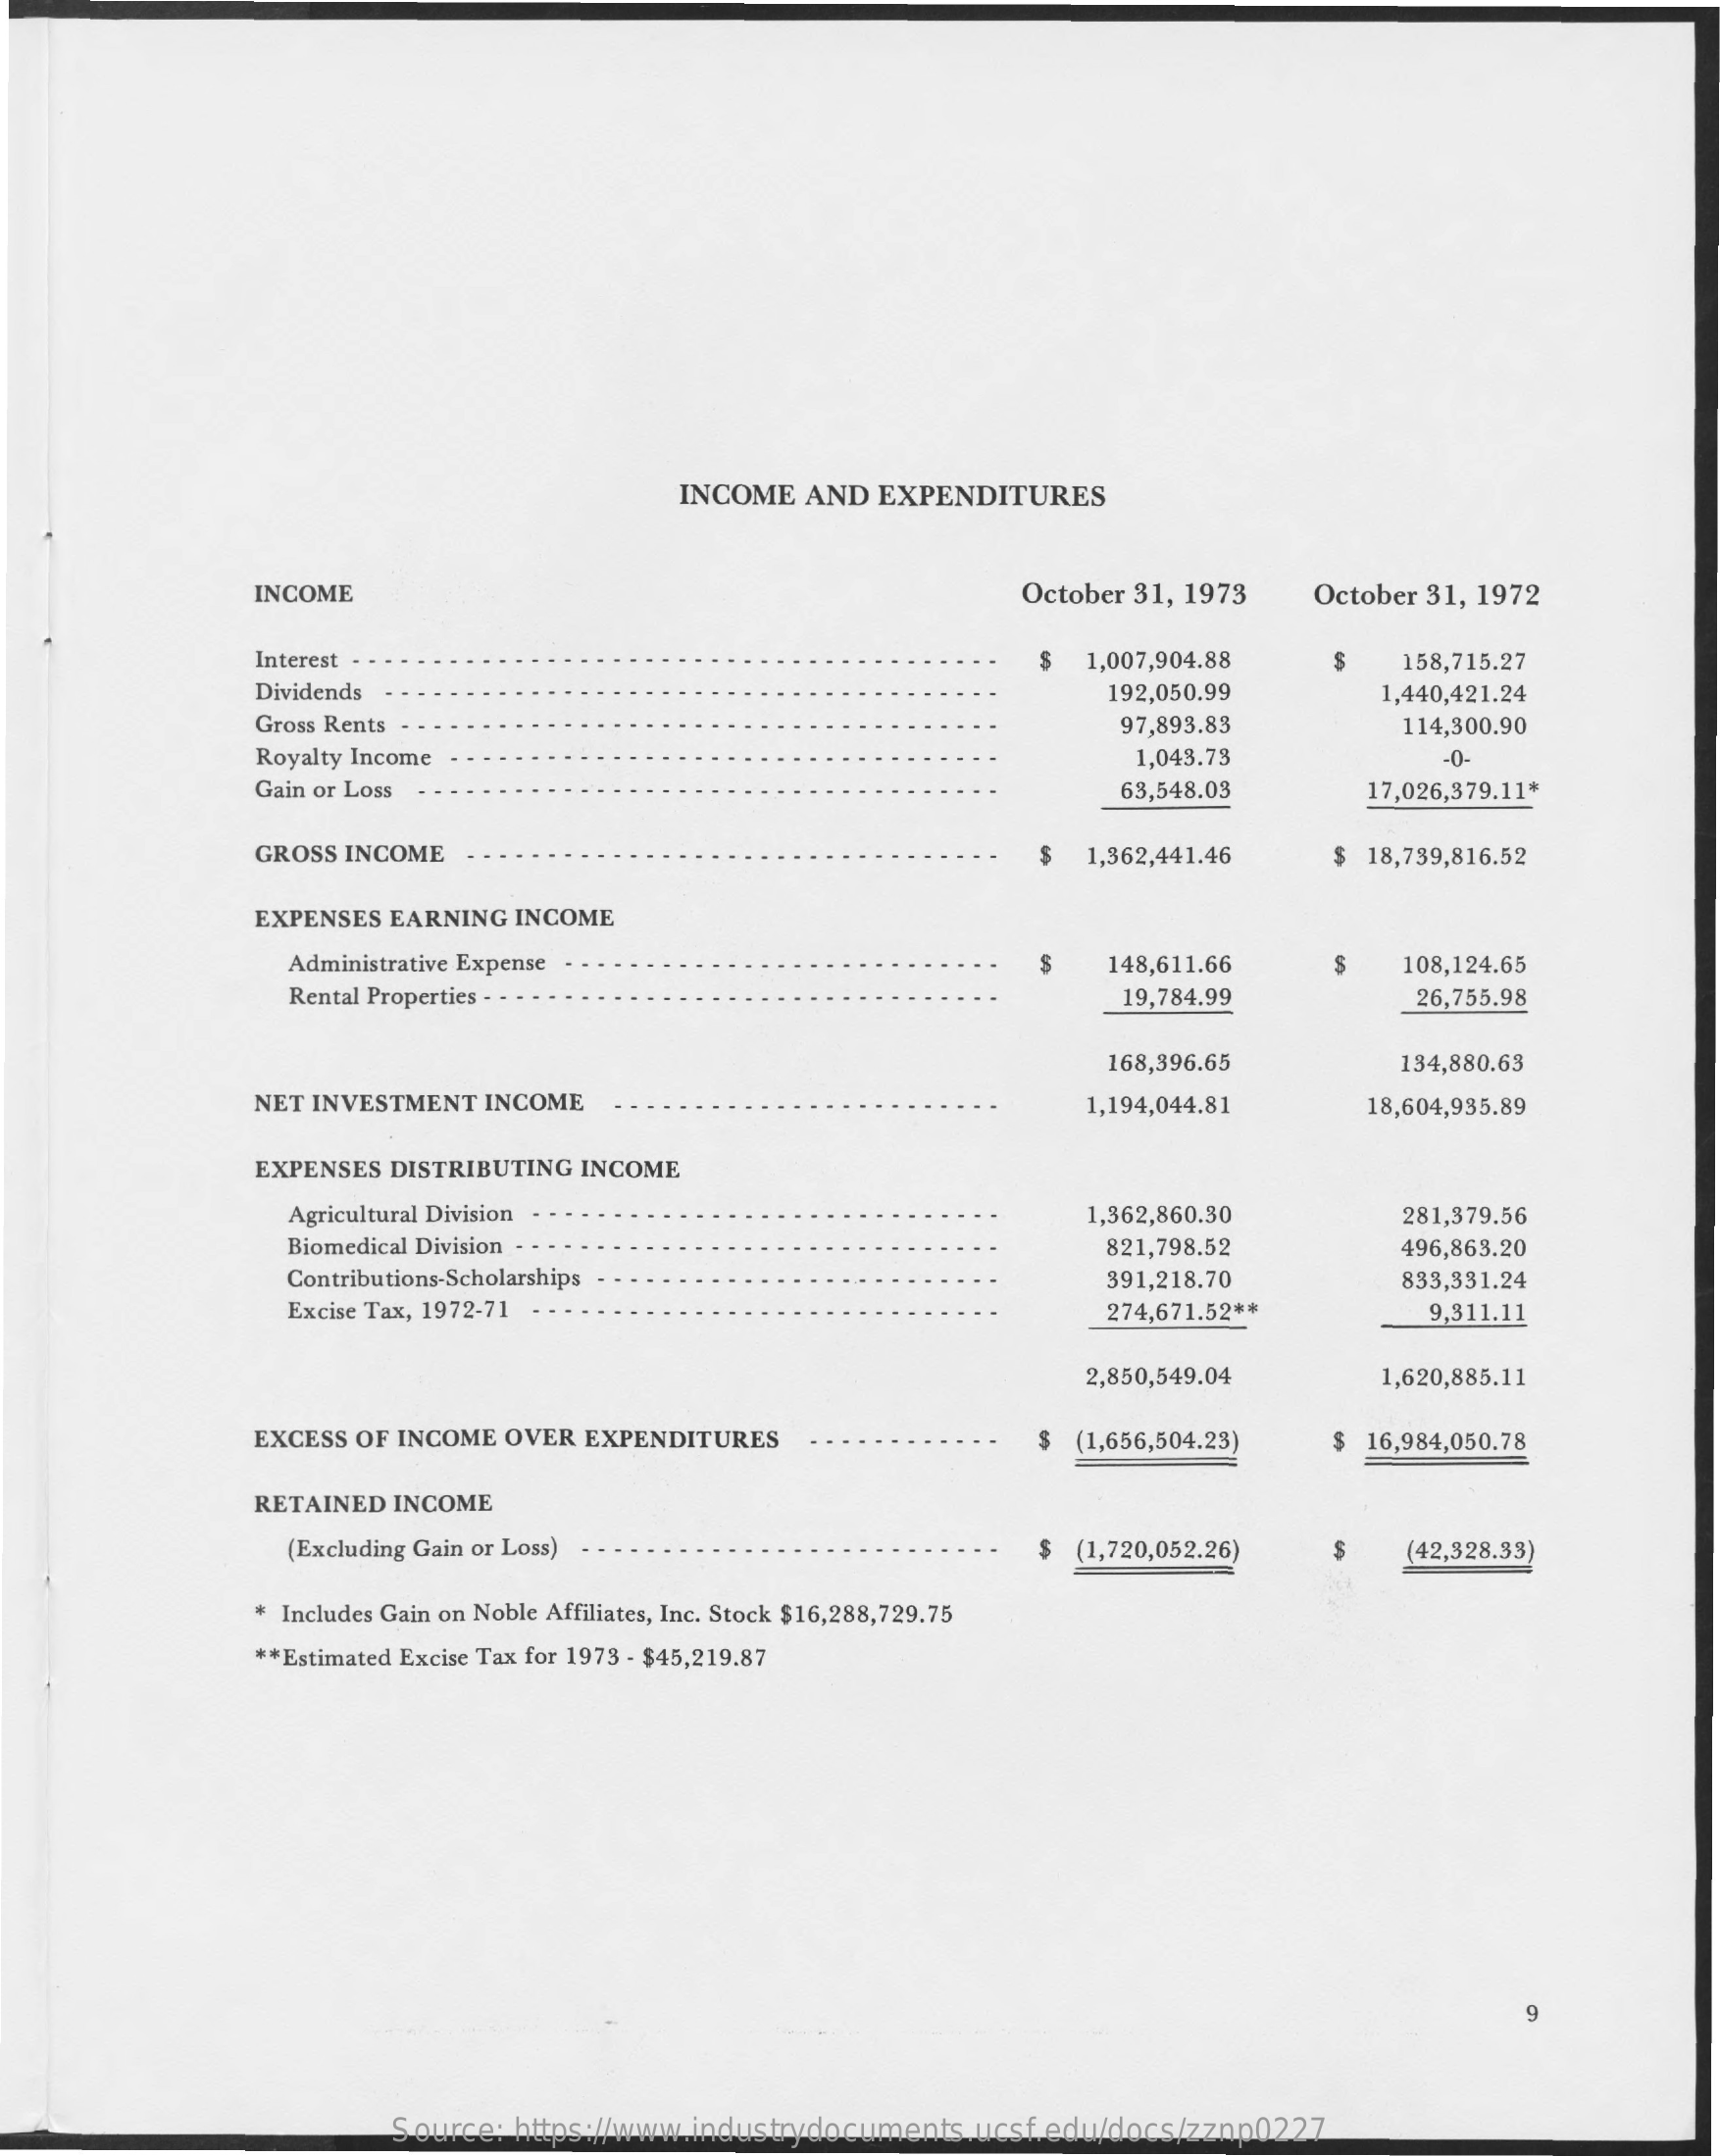
INCOME  AND  EXPENDITURES
     INCOME    October 31, 1973  October 31, 1972
     Interest . .    $  1,007,904.88    S   158,715.27
     Dividends    192,050.99    1,440,421.24
     Gross Rents    97,893.83    114,300.90
     Royalty Income    1,043.73    -0-
     Gain or Loss    63,548.03    17,026,379.11*
     GROSS INCOME    $  1,362,441.46    $ 18,739,816.52
     EXPENSES EARNING INCOME
     Administrative Expense    148,611.66    108,124.65
     Rental Properties - -    19,784.99    26,755.98
     168,396.65    134,880.63
     NET INVESTMENT INCOME    1,194,044.81    18,604,935.89
     EXPENSES DISTRIBUTING INCOME
     Agricultural Division    1,362,860.30    281,379.56
     Biomedical Division    821,798.52    496,863.20
     Contributions-Scholarships    391,218.70    833,331.24
     Excise Tax, 1972-71    274,671.52 **    9,311.11
     2,850,549.04    1,620,885.11
     EXCESS OF INCOME OVER EXPENDITURES    $ (1,656,504.23)   $ 16,984,050.78
     RETAINED INCOME
     (Excluding Gain or Loss)    (1,720,052.26)    (42,328.33)
     * Includes Gain on Noble Affiliates, Inc. Stock $16,288,729.75
     ** Estimated Excise Tax for 1973 - $45,219.87
     Source: https://www.industrydocuments.ucsf.edu/docs/zznp0227